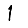
Digit: 1